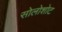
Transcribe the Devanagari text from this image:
सोलोशोट